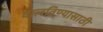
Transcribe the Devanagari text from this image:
घालविण्‍यासाठी